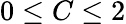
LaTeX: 0\le C\le 2